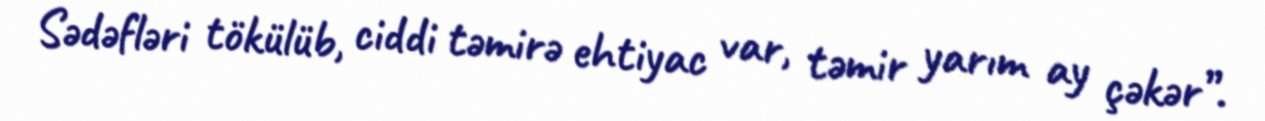
Sədəfləri tökülüb, ciddi təmirə ehtiyac var, təmir yarım ay çəkər”.